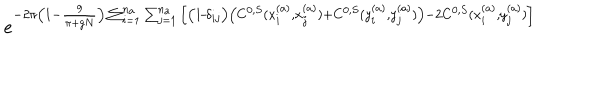
e ^ { - 2 \pi \big ( 1 - \frac { g } { \pi + g N } \big ) \sum _ { i = 1 } ^ { n _ { a } } \sum _ { j = 1 } ^ { n _ { a } } \Big [ \big ( 1 \! - \! \delta _ { i j } \big ) \big ( C ^ { 0 , S } ( x _ { i } ^ { ( a ) } , x _ { j } ^ { ( a ) } ) + C ^ { 0 , S } ( y _ { i } ^ { ( a ) } , y _ { j } ^ { ( a ) } ) \big ) - 2 C ^ { 0 , S } ( x _ { i } ^ { ( a ) } , y _ { j } ^ { ( a ) } ) \Big ] }